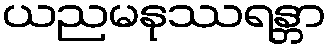
ယညမနုဿရန္တာ